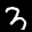
Label: 3